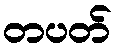
တပတ်